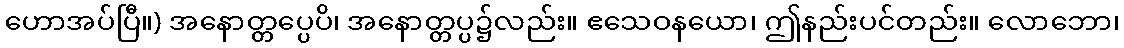
ဟောအပ်ပြီ။) အနောတ္တပ္ပေပိ၊ အနောတ္တပ္ပ၌လည်း။ ဧသေဝနယော၊ ဤနည်းပင်တည်း။ လောဘော၊